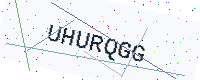
Text: UHURQGG